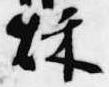
秋